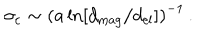
\sigma _ { \mathrm { c } } \sim \left( a \ln [ d _ { \mathrm { m a g } } / d _ { \mathrm { e l } } ] \right) ^ { - 1 } \, .